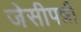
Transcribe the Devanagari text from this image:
जेसीपन्नी